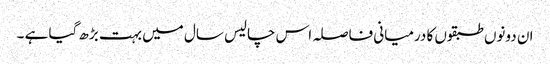
ان دونوں طبقوں کا درمیانی فاصلہ اس چالیس سال میں بہت بڑھ گیا ہے ۔